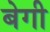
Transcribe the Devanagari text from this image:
बेगी